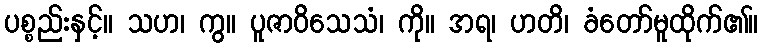
ပစ္စည်းနှင့်။ သဟ၊ ကွ။ ပူဇာဝိသေသံ၊ ကို။ အရ၊ ဟတိ၊ ခံတော်မူထိုက်၏။